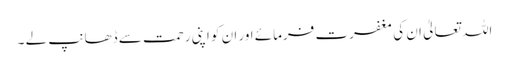
اللہ تعالیٰ ان کی مغفرت فرمائے اور ان کو اپنی رحمت سے ڈھانپ لے ۔